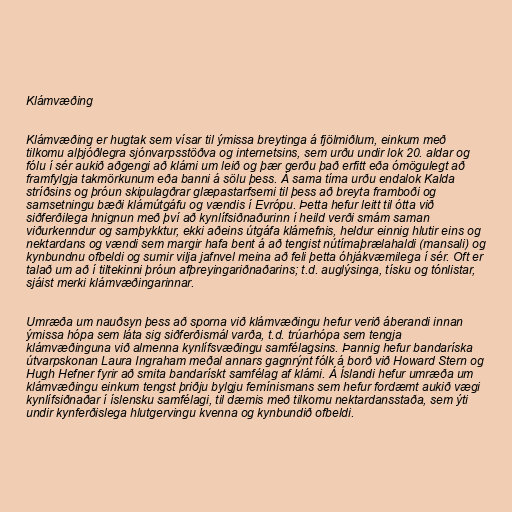
Klámvæðing

Klámvæðing er hugtak sem vísar til ýmissa breytinga á fjölmiðlum, einkum með
tilkomu alþjóðlegra sjónvarpsstöðva og internetsins, sem urðu undir lok 20. aldar og
fólu í sér aukið aðgengi að klámi um leið og þær gerðu það erfitt eða ómögulegt að
framfylgja takmörkunum eða banni á sölu þess. Á sama tíma urðu endalok Kalda
stríðsins og þróun skipulagðrar glæpastarfsemi til þess að breyta framboði og
samsetningu bæði klámútgáfu og vændis í Evrópu. Þetta hefur leitt til ótta við
siðferðilega hnignun með því að kynlífsiðnaðurinn í heild verði smám saman
viðurkenndur og samþykktur, ekki aðeins útgáfa klámefnis, heldur einnig hlutir eins og
nektardans og vændi sem margir hafa bent á að tengist nútímaþrælahaldi (mansali) og
kynbundnu ofbeldi og sumir vilja jafnvel meina að feli þetta óhjákvæmilega í sér. Oft er
talað um að í tiltekinni þróun afþreyingariðnaðarins; t.d. auglýsinga, tísku og tónlistar,
sjáist merki klámvæðingarinnar.

Umræða um nauðsyn þess að sporna við klámvæðingu hefur verið áberandi innan
ýmissa hópa sem láta sig siðferðismál varða, t.d. trúarhópa sem tengja
klámvæðinguna við almenna kynlífsvæðingu samfélagsins. Þannig hefur bandaríska
útvarpskonan Laura Ingraham meðal annars gagnrýnt fólk á borð við Howard Stern og
Hugh Hefner fyrir að smita bandarískt samfélag af klámi. Á Íslandi hefur umræða um
klámvæðingu einkum tengst þriðju bylgju femínismans sem hefur fordæmt aukið vægi
kynlífsiðnaðar í íslensku samfélagi, til dæmis með tilkomu nektardansstaða, sem ýti
undir kynferðislega hlutgervingu kvenna og kynbundið ofbeldi.